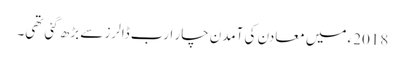
2018ء میں معادن کی آمدن چار ارب ڈالرز سے بڑھ گئی تھی۔